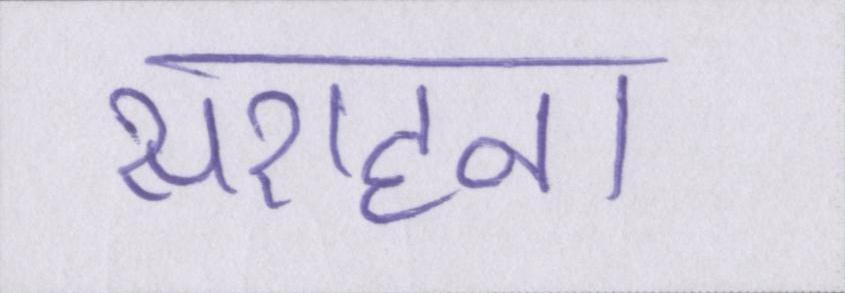
सराहना